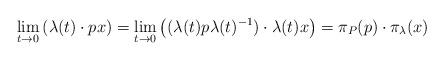
LaTeX: \begin{align*}\lim_{t\to0} \left(\lambda(t) \cdot px\right) = \lim_{t\to0} \left((\lambda(t)p\lambda(t)^{-1}) \cdot \lambda(t)x\right) = \pi_P(p)\cdot \pi_\lambda(x)\end{align*}